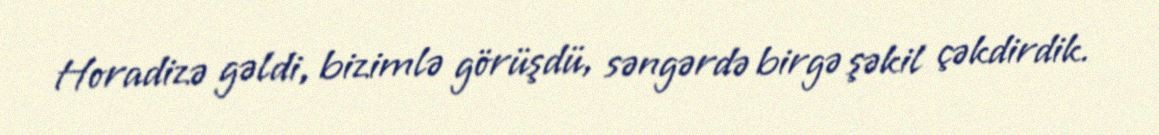
Horadizə gəldi, bizimlə görüşdü, səngərdə birgə şəkil çəkdirdik.